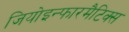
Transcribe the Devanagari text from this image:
जियोइन्फारमैटिक्स